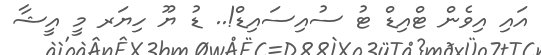
އައި އިވެން ޓްއިޑް ޓު ސުއިސައިޑް!.. ޑު ޔޫ ހިޔަރ މީ އީޝާ